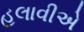
હલાવીએ